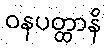
ဝနပတ္ထာနိ